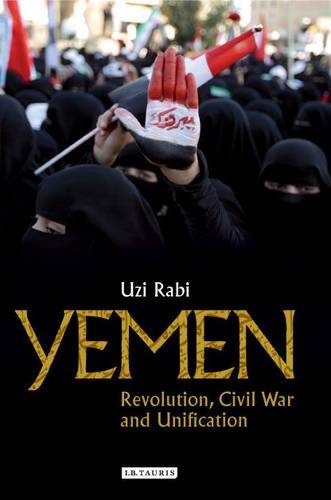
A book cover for Yemen: Revolution, Civil War and Unification (Library of Modern Middle East Studies); Uzi Rabi; History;